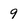
Character: 9